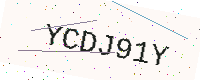
Text: YCDJ91Y